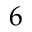
6